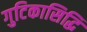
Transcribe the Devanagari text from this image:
गुटिकासिद्धि